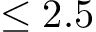
\leq 2 . 5